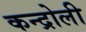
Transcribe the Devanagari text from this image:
कन्द्रोली